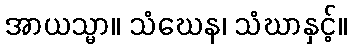
အာယသ္မာ။ သံဃေန၊ သံဃာနှင့်။